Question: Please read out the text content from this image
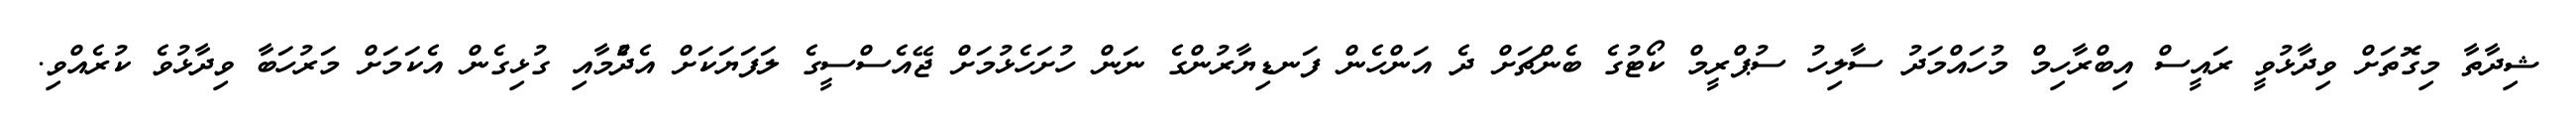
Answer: ޝިދާތާ މިގޮތަށް ވިދާޅުވީ ރައީސް އިބްރާހިމް މުހައްމަދު ސާލިހު ސުޕްރީމް ކޯޓުގެ ބެންޗަށް ދެ އަންހެން ފަނޑިޔާރުންގެ ނަން ހުށަހެޅުމަށް ޖޭއެސްސީގެ ލަފަޔަކަށް އެދެުމާއި ގުޅިގެން އެކަމަށް މަރުހަބާ ވިދާޅުވެ ކުރެއްވި.